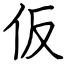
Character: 仮